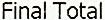
FINAL TOTAL